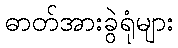
ဓာတ်အားခွဲရုံများ